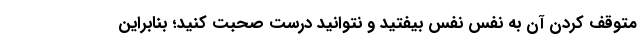
متوقف کردن آن به نفس نفس بیفتید و نتوانید درست صحبت کنید؛ بنابراین